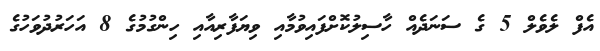
އެފް ލެވެލް 5 ގެ ސަނަދެއް ހާސިލުކޮށްފައިވުމާއި ވިޔަފާރިއާއި ހިންގުމުގެ 8 އަހަރުދުވަހުގެ